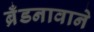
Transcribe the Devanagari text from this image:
ब्रँडनावाने